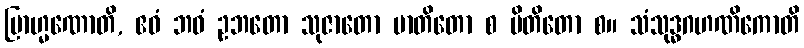
ဗြာဟ္မဏောတိ, ဧဝံ ဘဝံ ဥဘတော သုဇာတော မာတိတော စ ပိတိတော စ။ သံသုဒ္ဓဂဟဏိကောတိ